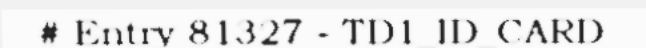
# Entry 81327 - TD1_ID_CARD